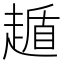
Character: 䞺